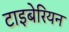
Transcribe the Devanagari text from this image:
टाइबेरियन